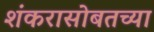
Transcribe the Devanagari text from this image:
शंकरासोबतच्या